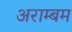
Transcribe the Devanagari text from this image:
अराम्बम